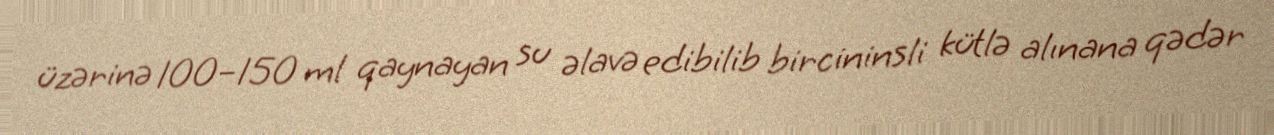
üzərinə 100–150 ml qaynayan su əlavə edibilib bircininsli kütlə alınana qədər